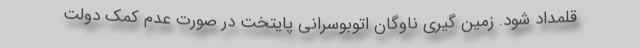
قلمداد شود. زمین گیری ناوگان اتوبوسرانی پایتخت در صورت عدم کمک دولت